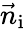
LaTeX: \vec{n}_{\mathrm{i}}